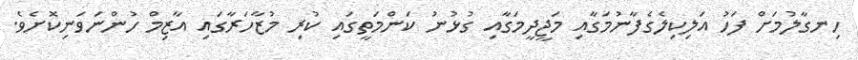
ހިނގާލުމަށް ފަހު އަލިކިލެގެފާނުމަގާއި މަޖީދީމަގާއި ގުޅުނު ކަންމަތީގައި ކުރި މުޒާހަރާގައި އާޒިމް ހުންނަވަނިކޮށެވެ.